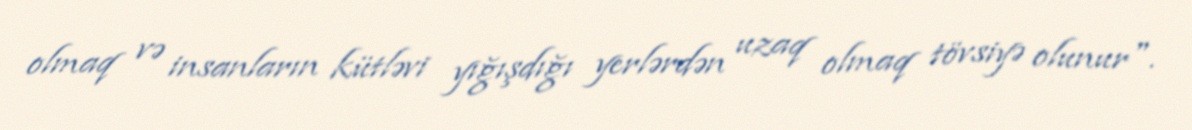
olmaq və insanların kütləvi yığışdığı yerlərdən uzaq olmaq tövsiyə olunur".